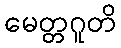
မေတ္တဂူတိ